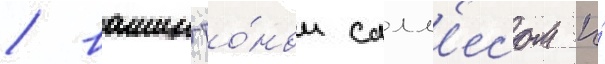
/ вашингто́ном салл'есом и́